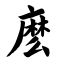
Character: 麽